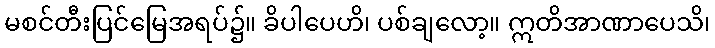
မစင်တီးပြင်မြေအရပ်၌။ ခိပါပေဟိ၊ ပစ်ချလော့။ ဣတိအာဏာပေသိ၊